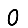
Digit: 0